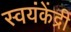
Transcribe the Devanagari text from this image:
स्वयंकेंद्री